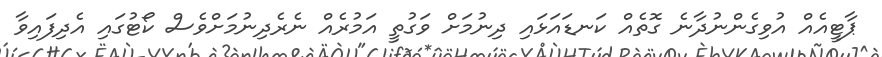
ޕާޓީއެއް އުވިގެންނުދާނެ ގޮތެއް ކަނޑައަޅައި ދިނުމަށް ވަގުތީ އަމުރެއް ނެރެދިނުމަށްވެސް ކޯޓުގައި އެދިފައިވާ